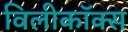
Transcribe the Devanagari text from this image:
विलीकॉक्स